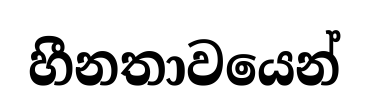
හීනතාවයෙන්